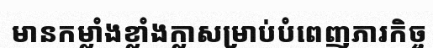
មានកម្លាំងខ្លាំងក្លាសម្រាប់បំពេញភារកិច្ច